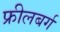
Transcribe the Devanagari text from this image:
फ्रीलबर्ग